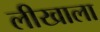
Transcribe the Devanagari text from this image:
लीखाला